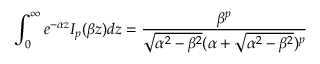
\int _ { 0 } ^ { \infty } e ^ { - \alpha z } I _ { p } ( \beta z ) d z = \frac { \beta ^ { p } } { \sqrt { \alpha ^ { 2 } - \beta ^ { 2 } } ( \alpha + \sqrt { \alpha ^ { 2 } - \beta ^ { 2 } } ) ^ { p } }